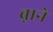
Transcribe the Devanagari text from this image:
ब़ाने